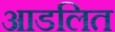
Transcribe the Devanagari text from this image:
आडलित